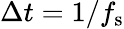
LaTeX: \Delta t=1/f_{\mathrm{s}}